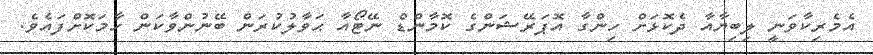
އެމެރިކާވަނީ ލިބިޔާއާ ދެކޮޅަށް ހިންގާ އޮޕަރޭޝަންގެ ކޮމާންޑް ނޭޓޯއާ ޙަވާލުކުރަން ބޭނުންވާކަން ހާމަކޮށްފައެވެ.